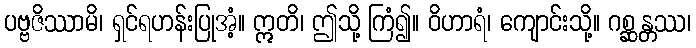
ပဗ္ဗဇိဿာမိ၊ ရှင်ရဟန်းပြုအံ့။ ဣတိ၊ ဤသို့ ကြံ၍။ ဝိဟာရံ၊ ကျောင်းသို့။ ဂစ္ဆန္တဿ၊